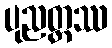
ပုညတ္ထဿ